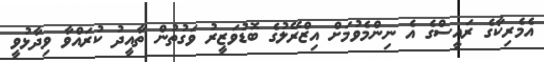
އެމެރިކާގެ ރައީސްގެ އެ ނިންމެވުމަށް އިޒްރޭލުގެ ބޮޑުވަޒީރު ވަގުތުން ތާއީދު ކުރައްވާ ވިދާޅުވީ